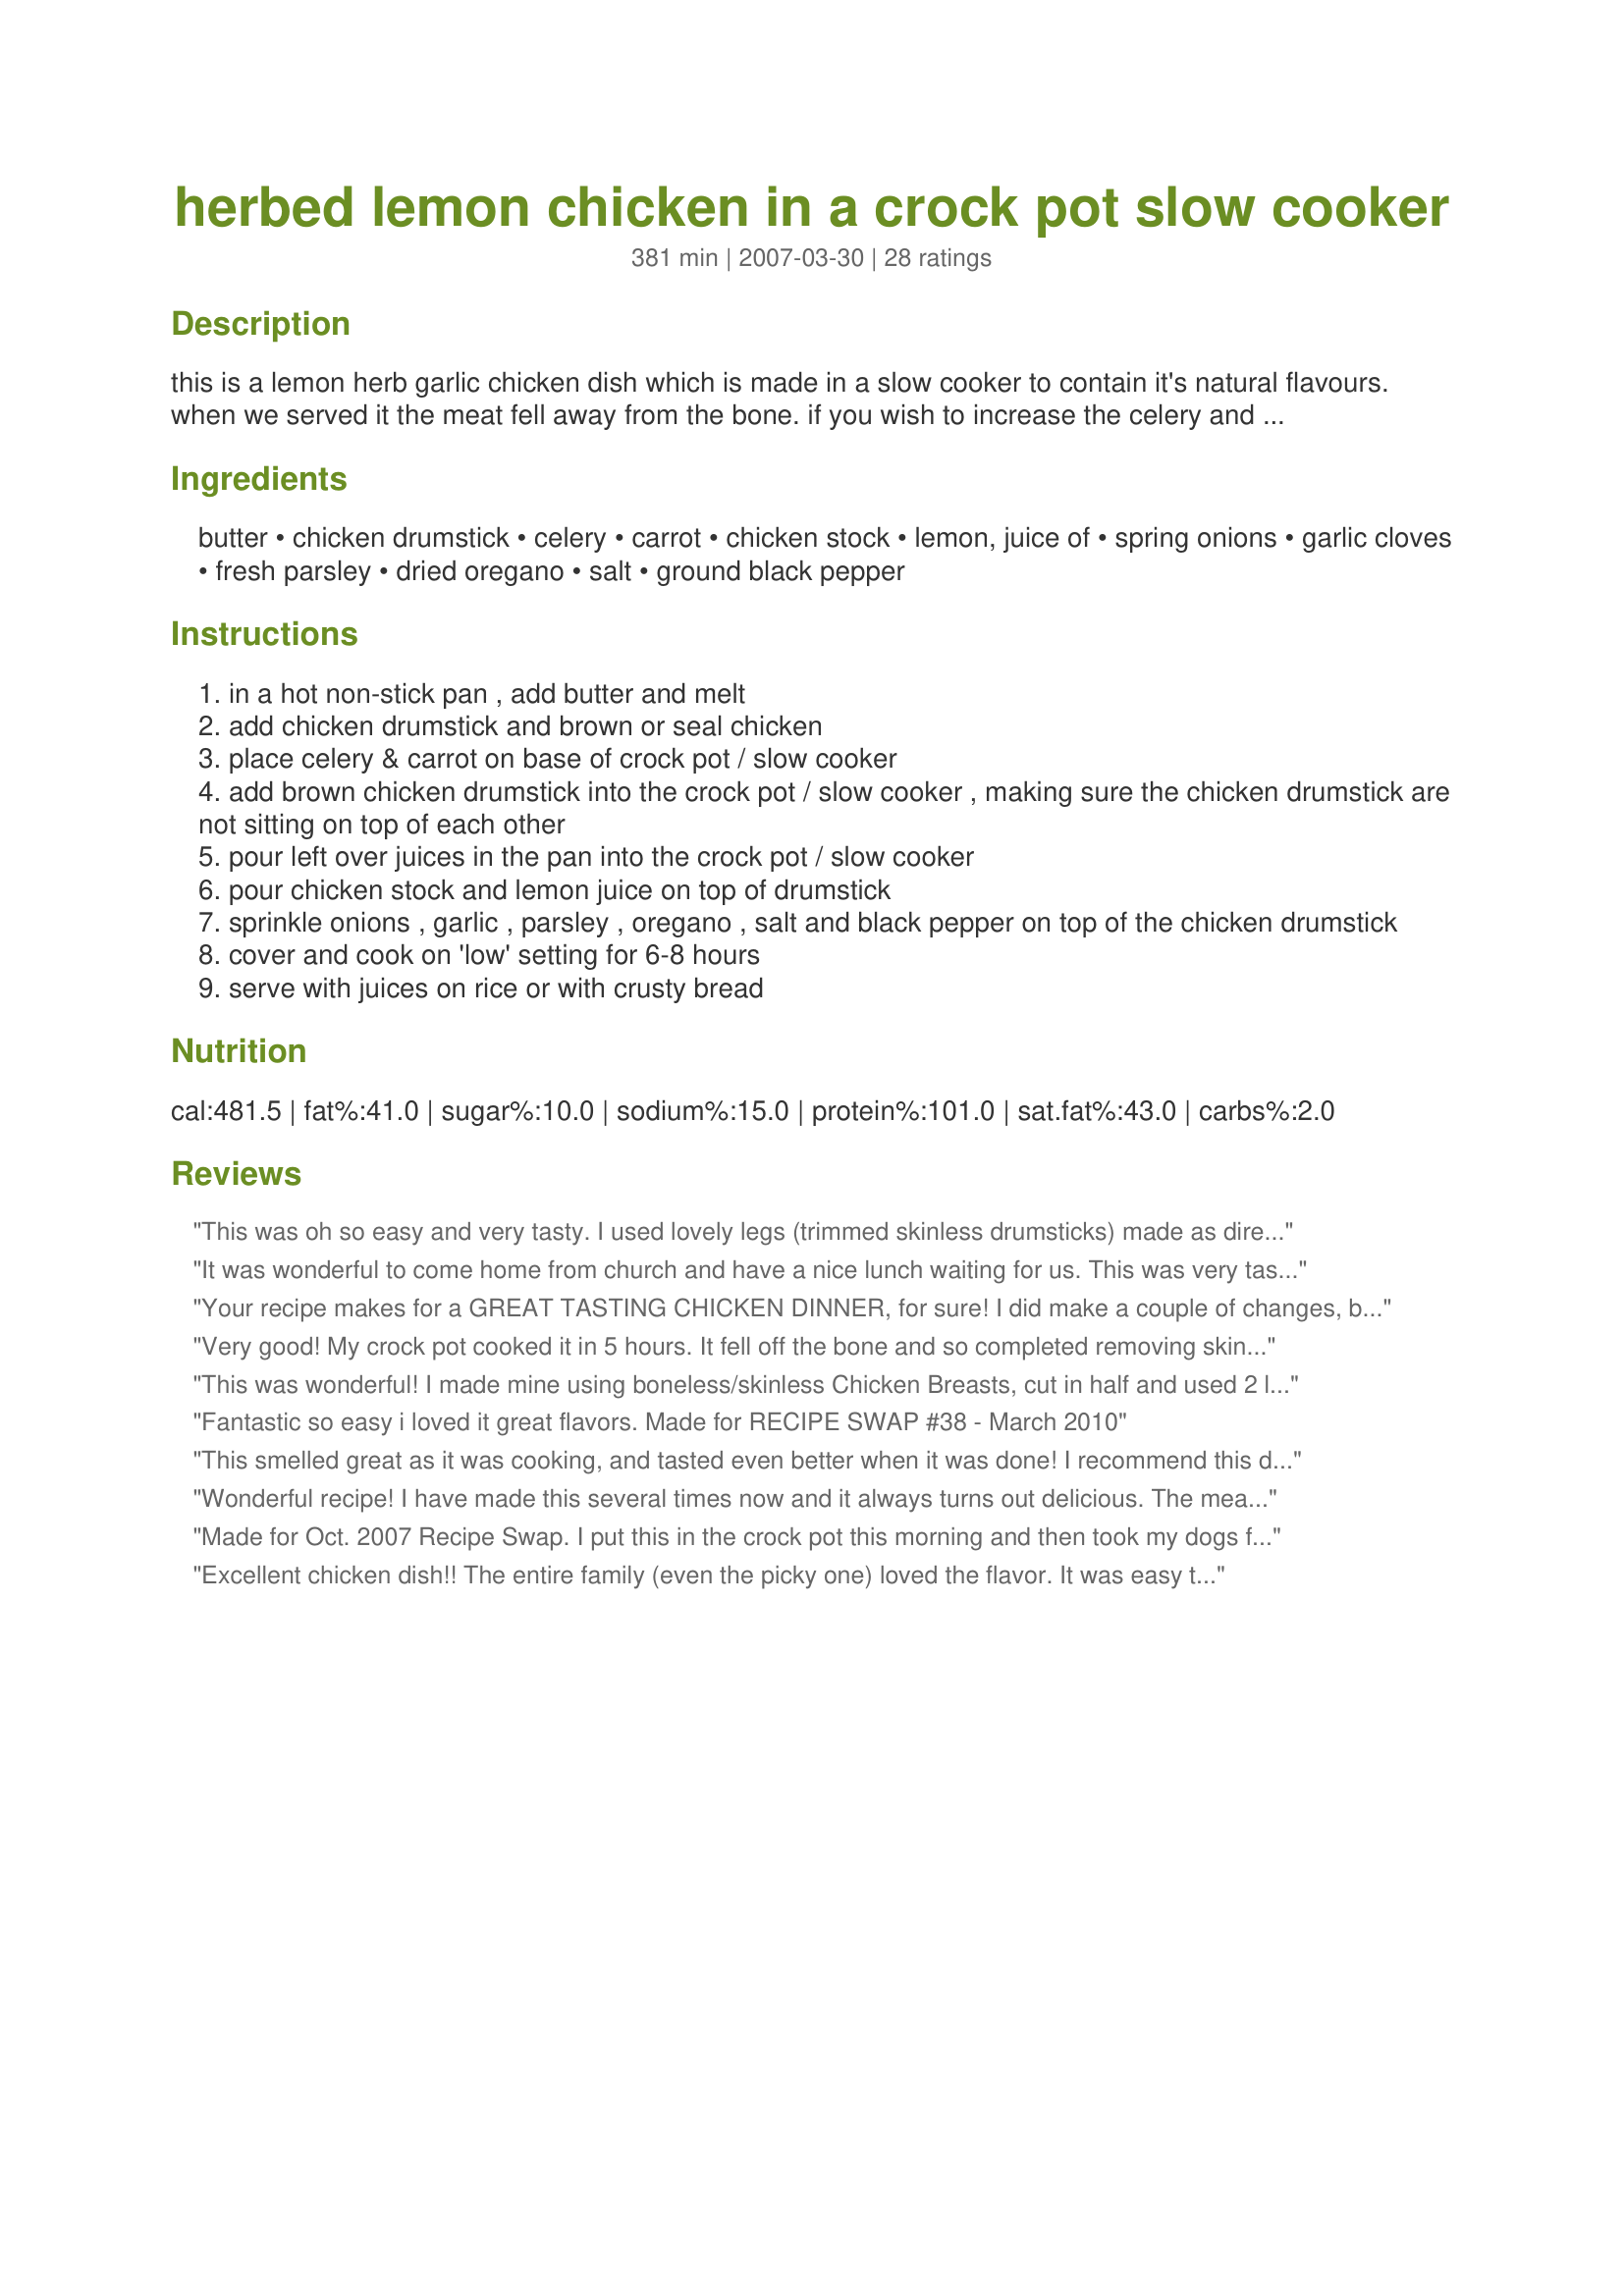
herbed lemon chicken in a crock pot slow cooker
Preparation time: 381 minutes

this is a lemon herb garlic chicken dish which is made in a slow cooker to contain it's natural flavours. when we served it the meat fell away from the bone. if you wish to increase the celery and carrot you may do so without dramatically change the flavour of the dish. i normally remove the skin off the drumstick, which i recommended with this dish but feel free to leave it on. everyone enjoyed it in our house hold, hope you will enjoy it.

Ingredients:
butter, chicken drumstick, celery, carrot, chicken stock, lemon, juice of, spring onions, garlic cloves, fresh parsley, dried oregano, salt, ground black pepper

Steps:
in a hot non-stick pan , add butter and melt
add chicken drumstick and brown or seal chicken
place celery & carrot on base of crock pot / slow cooker
add brown chicken drumstick into the crock pot / slow cooker , making sure the chicken drumstick are not sitting on top of each other
pour left over juices in the pan into the crock pot / slow cooker
pour chicken stock and lemon juice on top of drumstick
sprinkle onions , garlic , parsley , oregano , salt and black pepper on top of the chicken drumstick
cover and cook on 'low' setting for 6-8 hours
serve with juices on rice or with crusty bread

Reviews:
This was oh so easy and very tasty.
I used lovely legs (trimmed skinless drumsticks) made as directed except I thickened it as the end with some corn starch....the sauce was just so nummy!
Served over steamed basmati rice it made for a nice winters dinner.
It was wonderful to come home from church and have a nice lunch waiting for us. This was very tasty, simple to make and enjoyed by all. Thank you for sharing your recipe.
Made and reviewed as a recipenap for AUS/NZ Swap #24
Your recipe makes for a GREAT TASTING CHICKEN DINNER, for sure! I did make a couple of changes, but nothing out of the ordinary, I think! I used 4 large skinless, boneless chicken breasts (which was falling apart tender when done) & lemon pepper instead of the usual S&P! Served it over a combo of peas mixed with some long rice & wild rice! Most satisfying dinner, & one I'll be making again! [Tagged, made & reviewed as a recipenap in the Aus/NZ Recipe Swap #36]
Very good! My crock pot cooked it in 5 hours. It fell off the bone and so completed removing skin and bone. Served over rice.
This was wonderful! I made mine using boneless/skinless Chicken Breasts, cut in half and used 2 lemons instead of 1. I also added a bit of extra garlic and a little more oregano. The end result was superb! I will definitely be making this simple yet rewarding dish again!
Fantastic so easy i loved it great flavors. Made for RECIPE SWAP #38 - March 2010
This smelled great as it was cooking, and tasted even better when it was done! I recommend this dish highly - serve with rice or egg noodles to round out the meal!
Wonderful recipe! I have made this several times now and it always turns out delicious. The meat falls away from the bone and melts in your mouth. Thanks for a top recipe mate!
Made for Oct. 2007 Recipe Swap. I put this in the crock pot this morning and then took my dogs for our usual Sunday afternoon hike. When we got back home and I opened up the door, my house was filled with a delectable odor. I was really looking forward to dinner, and I wasn't disappointed. The chicken was falling of the bone tender and juicy with a refreshing hint of lemon. Thanks, Chef floWer, for sharing such a delightful recipe.
Excellent chicken dish!! The entire family (even the picky one) loved the flavor. It was easy to assemble in the morning and was delicious served with mashed potatoes. DH has requested that I put this in the "keeper" file. Thanks Chef floWer.
This was so easy to make and very tasty!!
My husband loves crockpot recipes and this one was no exception! Fall off the bone tender and very flavorful : ) When I first read the ingredients list in this recipe, I was not sure if I was suppose to de-bone the legs. But after reading the steps I realized the legs were to remain whole. I did not remove the skin, but allowed the legs to cook in the crockpot, bone, skin and all, after a quick browning in the pan. I made as otherwise directed for a fantastic supper! I served with rice and Evie's Recipe #12619. Thanks, Chef FloWer!
This dish was most excellent! The aroma that was wafting thru the house was almost too much to handle. Easy to prepare and the chicken was fall off the bone good. Made for ZWT 3. :)
The general comments were anywhere from 3 to 5 stars such are the differences in tastes. I used a 2 k whole chook which I quartered and skinned (ended up with 4 pieces weighing 1.2K) and they fitted just snugly into the crockpot and were fall apart tender after 6 hours on auto (think drumsticks would be done in 4 hours in my Kambrook crockpot). Due to allergy issues I omitted the celery and used 2 carrots and fresh oregano and parsley. No salt as I used a commercial stock and I feel they have a enough salt in them already. Thank you Chef floWer, made for Edition 3 - Make My Recipe - a game of tag.
This is a good recipe for a nice easy dinner that we can all agree on--made as written. Thanks for a keeper!
This ended up okay. I just didn't really like the end result. I 3 used boneless skinless chicken breasts and didn't have any celery on hand, but I followed the rest of the recipe. I wish I had used celery, because I like the flavor it lends to chicken, but I didn't have time to run to the store. The chicken did taste pretty good, but I think I'll use less garlic next time.
This was wonderful! Rather than drumsticks I used some skinless chicken breasts and it worked really well with them as well. I served over couscous and which soaked up the juices and made a great combination.
This is a delicious and simple dish that we enjoyed very much. The chicken was beautifully moist and fell off the bone. Great for an easy family meal, but could be tarted up for a dinner party. Next time I make it, I will add some preserved lemon to add to the lemon flavour. Thanks for a great keeper!
This was excellent and simple,cheap and full of flavour. I doubled the vegies and served it with some brown rice and steamed green beans.
I thought this was a great recipe. I used bone-in breasts and followed the recipe right on down.&lt;br/&gt;Delicious and simple and we will definitely make it again. Thanks Chef floWer!
*Made for Australia/NZ Swap #24*
A TRUE KEEPER ! Had to make a few substitutions -- found I had no celery, but used a can of artichoke bottoms -- did well. Also, used 4 drumsticks AND 4 thighs -- enough for another meal -- done to falling off the bone. Also found my green onions needed to be tossed, so used a diced yellow onion. I can do this again for company ! Thanks, Chef floWer -- a lovely dinner. Served with "recipr# 71244".
I used all the listed ingredients, but altered amounts based on preferences- more veg, lemon and seasoning. Turned out great! I thickened the juices after cooking to make a light gravy. My family loved the flavour from the lemons. I served it with basmati rice which complemented the flavours very well. A very simple, flavourful and inexpensive meal!
I doubled the veggies and lemon juice (they were very small lemons), left everything else the same. My goodness, it made an awful lot of juice. The first meal, we just ate it as is. It was ok, and the house smelled heavenly, but we weren't that excited about the food itself.

However, I deboned and shredded the leftover chicken, added in a little extra broth (there was so much original juice, it didn't need much extra!) and some rice, and made a soup for lunch today. We decided we liked it better as the soup than the original dish, which bumped up my rating.
This was easy and fantastic. I used the left over chicken to make wraps the next day. I will be making this again!!!
I have to agree with the rest of the reviews. I didn't have chicken legs but bone in chicken breasts. This recipe was easy to follow and made with items that you will have in your cupboards. The only change I made to this recipe was to remove the chicken half hour before serving. I place in the chicken on a oven safe dish and covered it with aluminum foil. I then placed the chicken in the oven on a preheated 200 degree oven while I cooked the rice in the crock pot. I put in a cup and half of rice, turn the crock pot to High and cooked it in the juices for about half hour. I will test for doneness. This is a true keeper.
Very good! The chicken was fall-off-the-bone tender. We served it over rice to soak up the yummy lemony sauce.
Really tasty. I ended up using more chicken (4 1/2 lbs) and it turned out fine. I did not take the skin off - I thought it browned better with the skin and it would add more flavor. Very easy to pull off the skin once it is done cooking in the crockpot. Kids loved it!
I love lemon chicken so this was a great revipe for me. It took about 3 hours in the crock pot after it came out of the pan. It was fall off the bone tender. Thanks so much for posting! Made for 12 Days of Christmas recipe swap.
